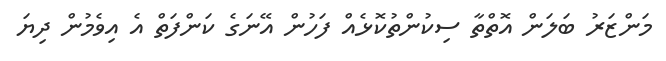
މަންޒަރު ބަލަން އޮތްތާ ސިކުންތުކޮޅެއް ފަހުން އޭނަގެ ކަންފަތް އެ އިވެމުން ދިޔަ